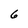
Character: 6